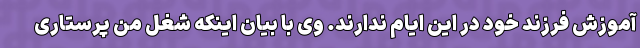
آموزش فرزند خود در این ایام ندارند. وی با بیان اینکه شغل من پرستاری